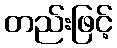
တည်းဖြင့်